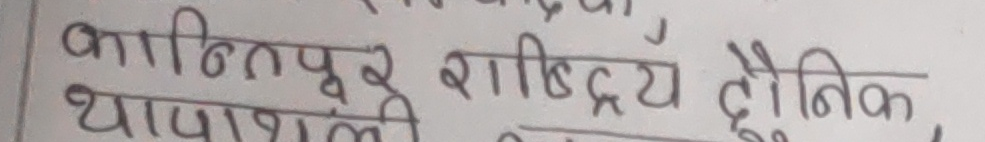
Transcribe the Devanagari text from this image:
कान्तिपुर राष्ट्रिय दैनिक
थापाथली